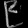
Digit: ၉